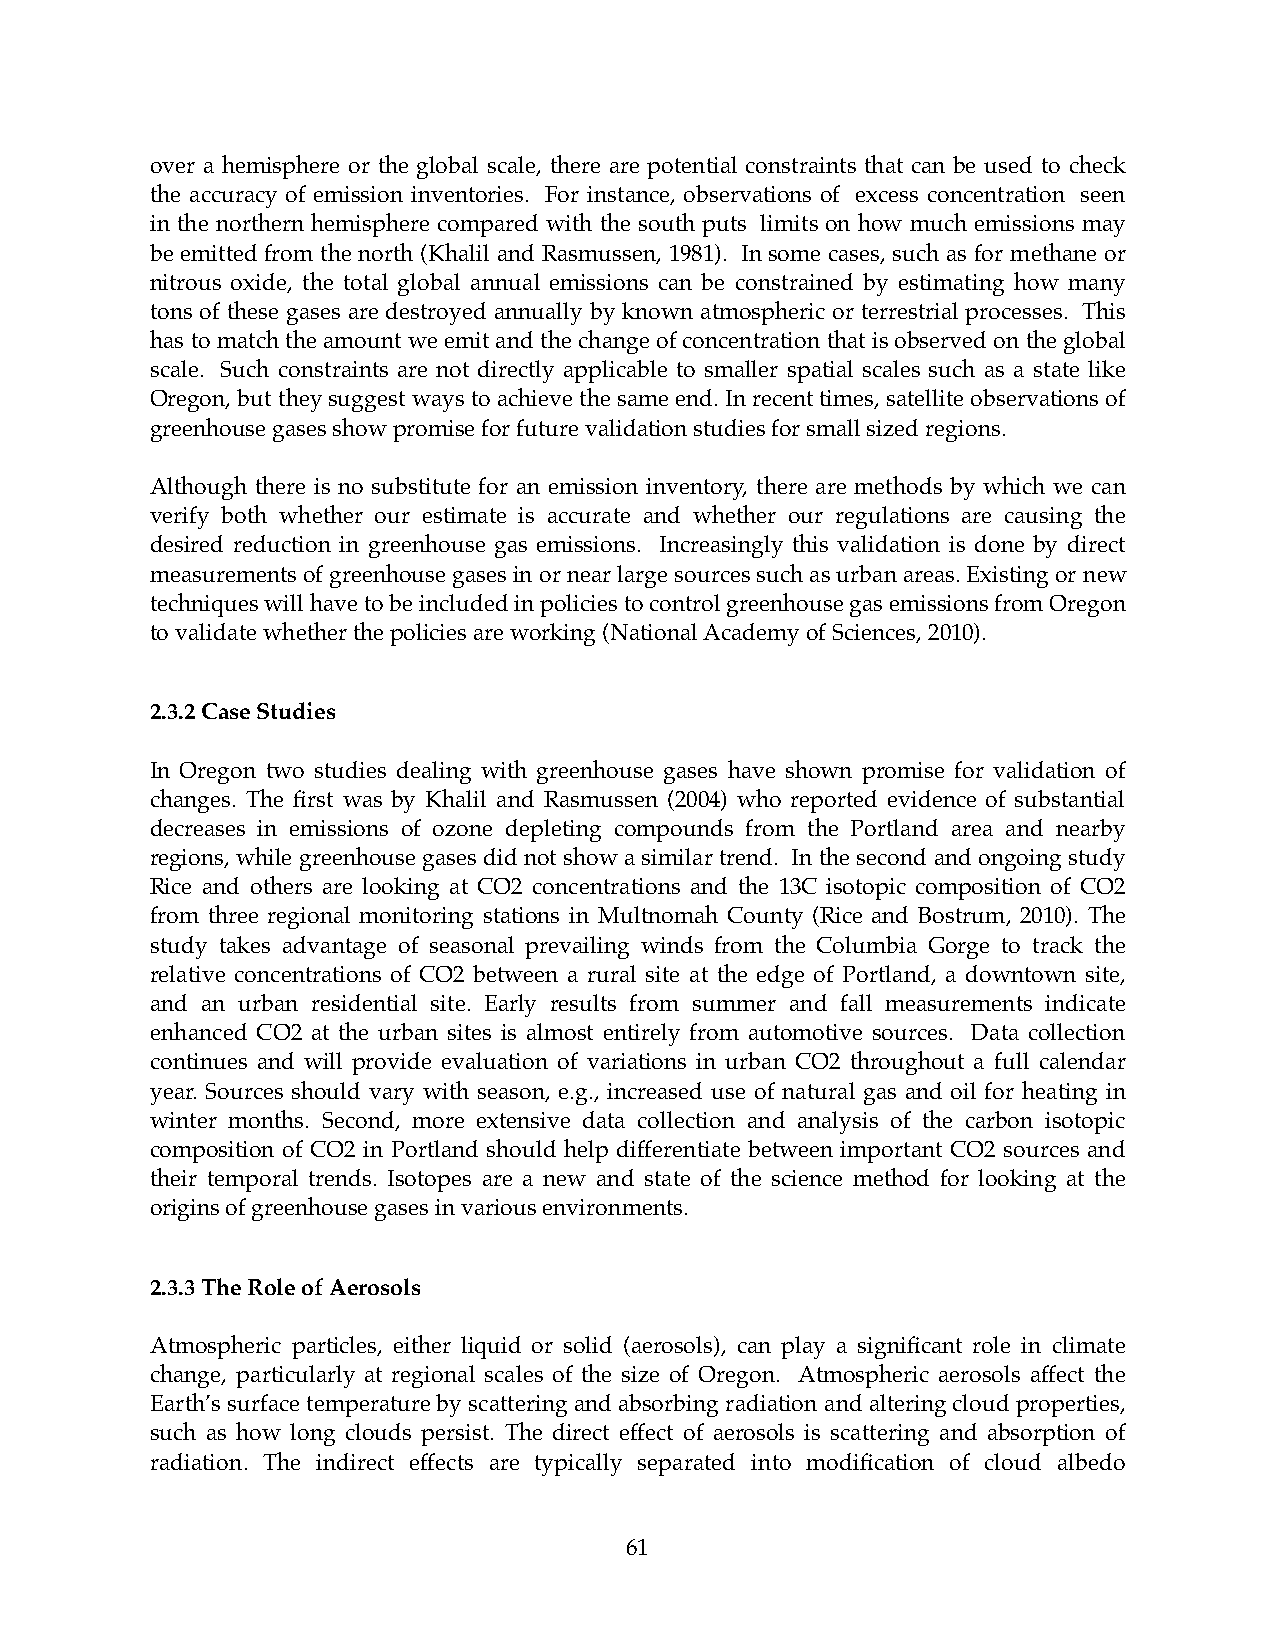
over a hemisphere or the global scale, there are potential constraints that can be used to check
 the accuracy of emission inventories. For instance, observations of excess concentration seen
 in the northern hemisphere compared with the south puts limits on how much emissions may
 be emitted from the north (Khalil and Rasmussen, 1981). In some cases, such as for methane or
 nitrous oxide, the total global annual emissions can be constrained by estimating how many
 tons of these gases are destroyed annually by known atmospheric or terrestrial processes. This
 has to match the amount we emit and the change of concentration that is observed on the global
 scale. Such constraints are not directly applicable to smaller spatial scales such as a state like
 Oregon, but they suggest ways to achieve the same end. In recent times, satellite observations of
 greenhouse gases show promise for future validation studies for small sized regions.
 Although there is no substitute for an emission inventory, there are methods by which we can
 verify both whether our estimate is accurate and whether our regulations are causing the
 desired reduction in greenhouse gas emissions. Increasingly this validation is done by direct
 measurements of greenhouse gases in or near large sources such as urban areas. Existing or new
 techniques will have to be included in policies to control greenhouse gas emissions from Oregon
 to validate whether the policies are working (National Academy of Sciences, 2010).
 2.3.2 Case Studies
 In Oregon two studies dealing with greenhouse gases have shown promise for validation of
 changes. The first was by Khalil and Rasmussen (2004) who reported evidence of substantial
 decreases in emissions of ozone depleting compounds from the Portland area and nearby
 regions, while greenhouse gases did not show a similar trend. In the second and ongoing study
 Rice and others are looking at CO2 concentrations and the 13C isotopic composition of CO2
 from three regional monitoring stations in Multnomah County (Rice and Bostrum, 2010). The
 study takes advantage of seasonal prevailing winds from the Columbia Gorge to track the
 relative concentrations of CO2 between a rural site at the edge of Portland, a downtown site,
 and an urban residential site. Early results from summer and fall measurements indicate
 enhanced CO2 at the urban sites is almost entirely from automotive sources. Data collection
 continues and will provide evaluation of variations in urban CO2 throughout a full calendar
 year. Sources should vary with season, e.g., increased use of natural gas and oil for heating in
 winter months. Second, more extensive data collection and analysis of the carbon isotopic
 composition of CO2 in Portland should help differentiate between important CO2 sources and
 their temporal trends. Isotopes are a new and state of the science method for looking at the
 origins of greenhouse gases in various environments.
 2.3.3 The Role of Aerosols
 Atmospheric particles, either liquid or solid (aerosols), can play a significant role in climate
 change, particularly at regional scales of the size of Oregon. Atmospheric aerosols affect the
 Earth’s surface temperature by scattering and absorbing radiation and altering cloud properties,
 such as how long clouds persist. The direct effect of aerosols is scattering and absorption of
 radiation. The indirect effects are typically separated into modification of cloud albedo
 61